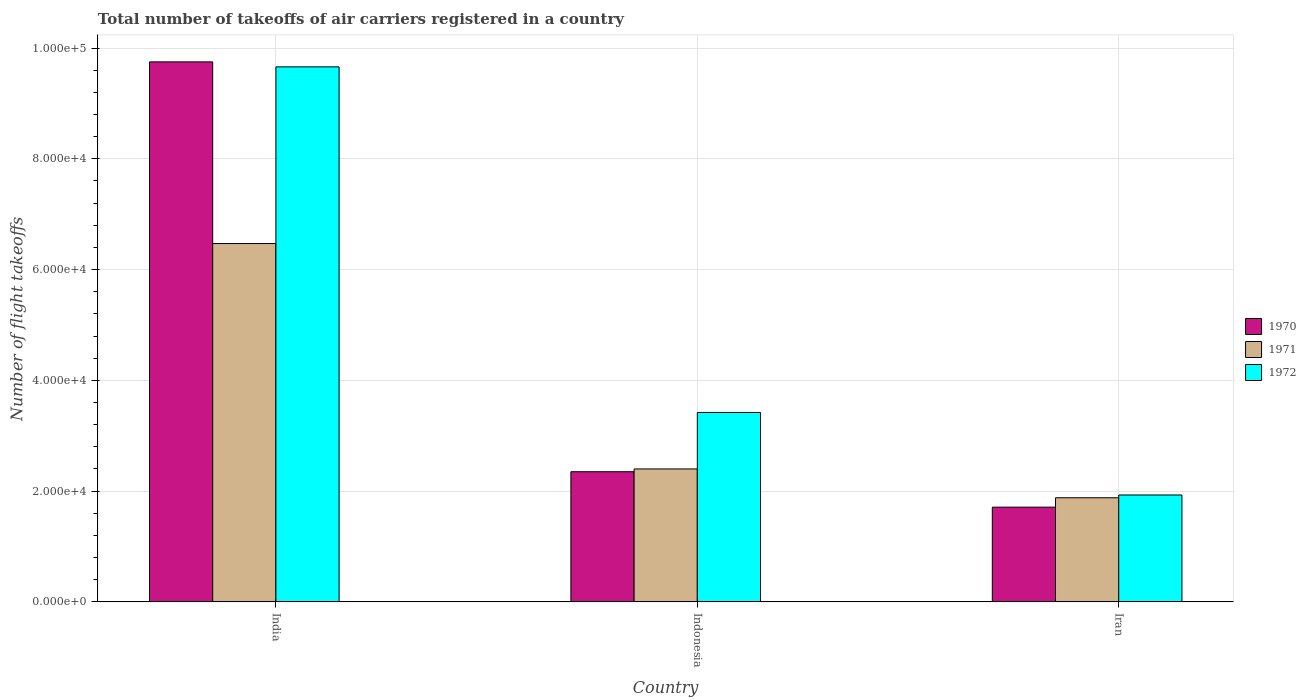
| Country | 1970 | 1971 | 1972 |
 | --- | --- | --- | --- |
 | India | 9.75e+04 | 6.47e+04 | 9.66e+04 |
 | Indonesia | 2.35e+04 | 2.4e+04 | 3.42e+04 |
 | Iran | 1.71e+04 | 1.88e+04 | 1.93e+04 |